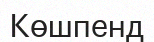
Көшпенд